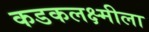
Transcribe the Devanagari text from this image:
कडकलक्ष्मीला